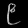
Digit: ၉